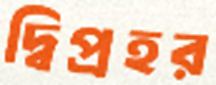
দ্বিপ্রহর